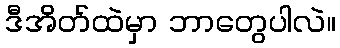
ဒီအိတ်ထဲမှာ ဘာတွေပါလဲ။